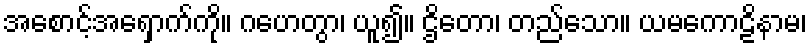
အစောင့်အရှောက်ကို။ ဂဟေတွာ၊ ယူ၍။ ဌိတော၊ တည်သော။ ယမကောဠိနာမ၊